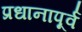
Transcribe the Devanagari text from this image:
प्रधानापूर्व